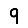
Digit: 9